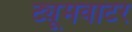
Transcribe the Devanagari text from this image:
ट्यूमवाटर